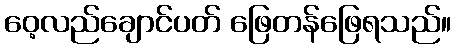
ဝေ့လည်ချောင်ပတ် ဖြေတန်ဖြေရသည်။